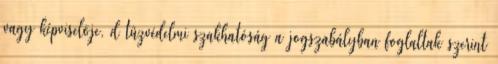
vagy képviselõje, d tûzvédelmi szakhatóság a jogszabályban foglaltak szerint